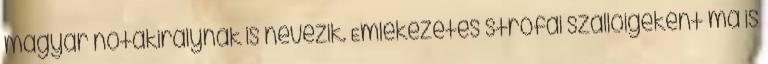
magyar nótakirálynak is nevezik. Emlékezetes strófái szállóigeként ma is